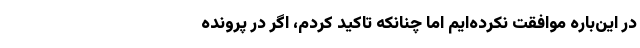
در این‌باره موافقت نکرده‌ایم اما چنانکه تاکید کردم، اگر در پرونده